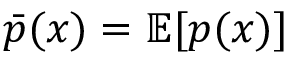
\bar { p } ( \boldsymbol { x } ) = \mathbb { E } [ p ( \boldsymbol { x } ) ]